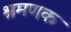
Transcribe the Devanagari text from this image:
श्रमणक